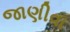
જાણીવા